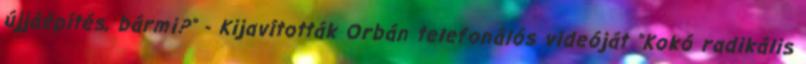
újjáépítés, bármi?" - Kijavították Orbán telefonálós videóját "Kokó radikális